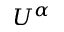
U ^ { \alpha }